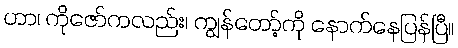
ဟာ၊ ကိုဇော်ကလည်း၊ ကျွန်တော့်ကို နောက်နေပြန်ပြီ။